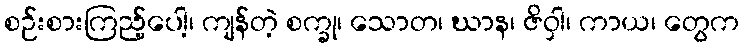
စဉ်းစားကြည့်ပေါ့၊ ကျန်တဲ့ စက္ခု၊ သောတ၊ ဃာန၊ ဇိဝှါ၊ ကာယ၊ တွေက